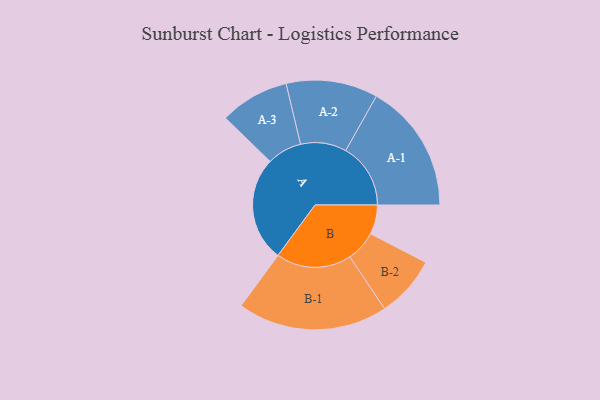
{"axis": {"x": "Segment", "y": "Value"}, "legend": ["", "A", "B"], "data": [{"x": "A", "y": 368, "type": ""}, {"x": "B", "y": 103, "type": ""}, {"x": "A-1", "y": 228, "type": "A"}, {"x": "A-2", "y": 161, "type": "A"}, {"x": "A-3", "y": 122, "type": "A"}, {"x": "B-1", "y": 264, "type": "B"}, {"x": "B-2", "y": 108, "type": "B"}]}